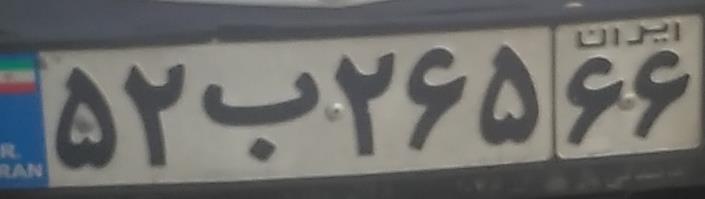
۵۲ب۲۶۵۶۶